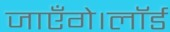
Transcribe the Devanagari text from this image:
जाएँगे।लॉर्ड